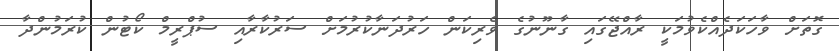
ގޮތަށް ވާހަކަދެއްކެވުމަކީ ރާއްޖޭގައި ގާނޫނުގެ ވެރިކަން ހަރުދަނާކުރުމަށް ސަރުކާރާއި ސުޕްރީމް ކޯޓުން ކުރަމުންދާ